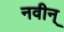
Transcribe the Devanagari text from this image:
नवीन्